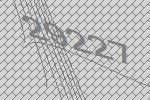
29227